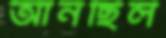
আনছিল